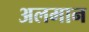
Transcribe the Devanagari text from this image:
अलमान